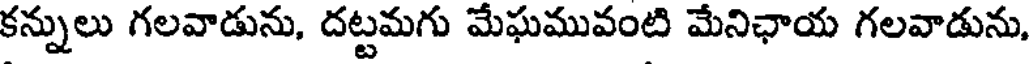
కన్నులు గలవాడును, దట్టమగు మేఘమువంటి మేనిఛాయ గలవాడును,